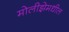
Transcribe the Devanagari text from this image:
मोलीझेमधील